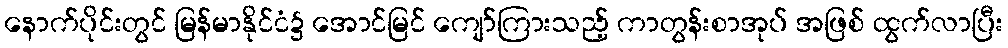
နောက်ပိုင်းတွင် မြန်မာနိုင်ငံ၌ အောင်မြင် ကျော်ကြားသည့် ကာတွန်းစာအုပ် အဖြစ် ထွက်လာပြီး